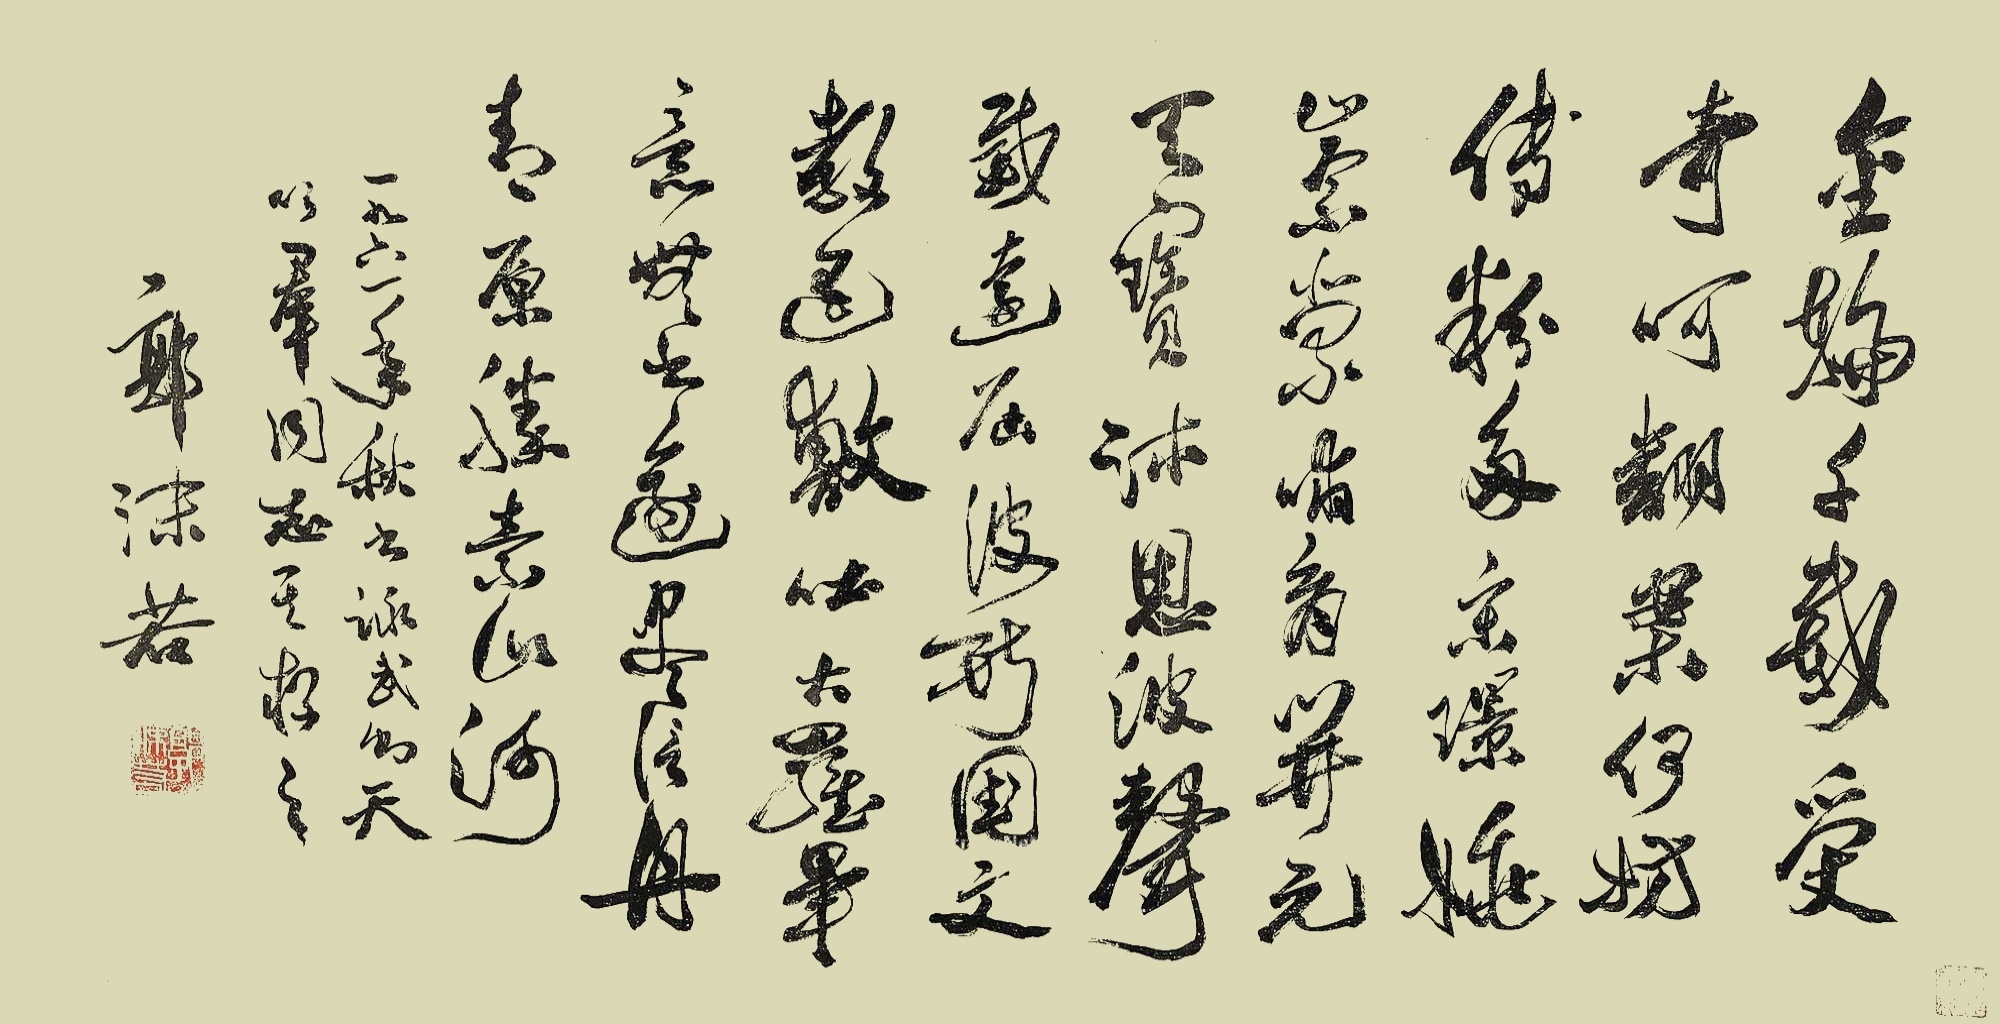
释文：金轮千载受奇呵，翻案何妨施粉多？宋瑗姚崇蒙哺育，开元天宝沐恩波。声威远届波斯国，文教遥敷吐火罗。毕竟无书逾尽信，丹青原胜素山河。一九六一年秋书咏武则天，以群同志惠存之，郭沫若。